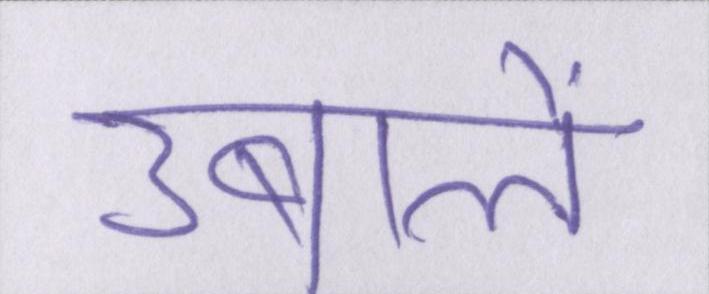
उबालें